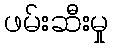
ဖမ်းဆီးမှု